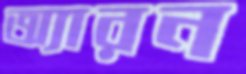
অ্যারন